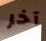
آخر